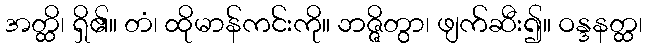
အတ္ထိ၊ ရှိ၏။ တံ၊ ထိုမာန်ကင်းကို။ ဘဇ္ဇိတွာ၊ ဖျက်ဆီး၍။ ဝန္ဒနတ္ထ၊